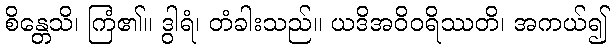
စိန္တေသိ၊ ကြံ၏။ ဒွါရံ၊ တံခါးသည်။ ယဒိအဝိဝရိဿတိ၊ အကယ်၍